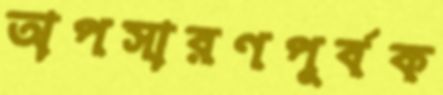
অপসারণপূর্বক